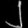
Digit: ၂